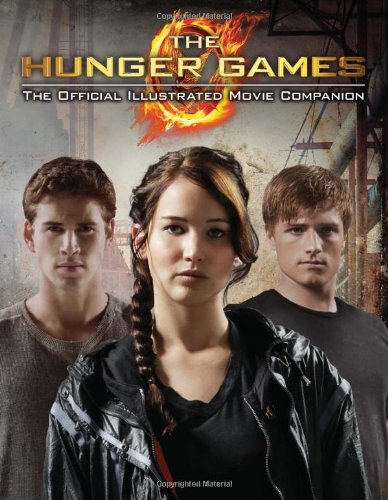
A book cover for The Hunger Games: Official Illustrated Movie Companion; Kate Egan; Teen & Young Adult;